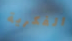
الفكرية